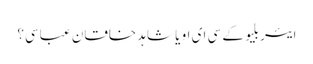
ایئر بلیو کے سی ای او یا شاہد خاقان عباسی؟